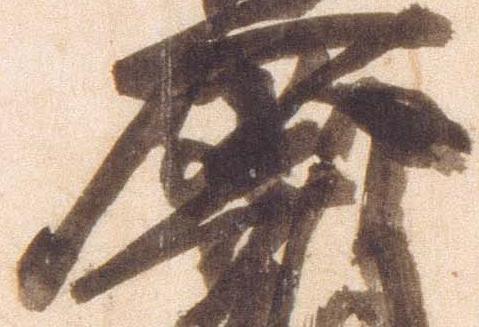
原